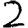
Digit: 2